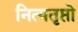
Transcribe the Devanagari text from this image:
नित्यतृप्तो